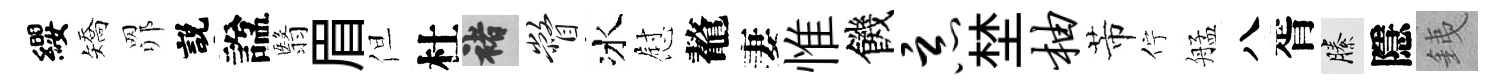
纓矯𦊑説諡翳眉但杜褚瞥冰慰鼇妻惟饑恶埜柚芾佇艋八胥縢隱銕